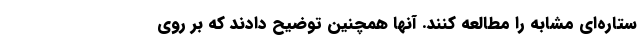
ستاره‌ای مشابه را مطالعه کنند. آنها همچنین توضیح دادند که بر روی